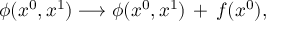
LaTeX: \phi ( x ^ { 0 } , x ^ { 1 } ) \longrightarrow \phi ( x ^ { 0 } , x ^ { 1 } ) \, + \, f ( x ^ { 0 } ) ,